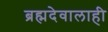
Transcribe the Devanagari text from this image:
ब्रह्मदेवालाही